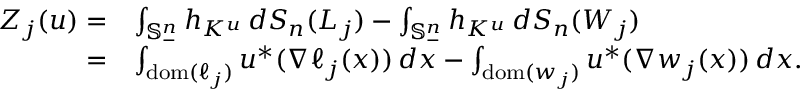
\begin{array} { r l } { Z _ { j } ( u ) = } & { \int _ { \mathbb { S } _ { - } ^ { n } } h _ { K ^ { u } } \, d S _ { n } ( L _ { j } ) - \int _ { \mathbb { S } _ { - } ^ { n } } h _ { K ^ { u } } \, d S _ { n } ( W _ { j } ) } \\ { = } & { \int _ { \mathrm { d o m } ( \ell _ { j } ) } u ^ { * } ( \nabla \ell _ { j } ( x ) ) \, d x - \int _ { \mathrm { d o m } ( w _ { j } ) } u ^ { * } ( \nabla w _ { j } ( x ) ) \, d x . } \end{array}